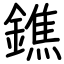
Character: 鐎